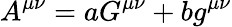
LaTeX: A^{\mu\nu}=aG^{\mu\nu}+bg^{\mu\nu}